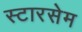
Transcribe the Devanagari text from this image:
स्टारसेम